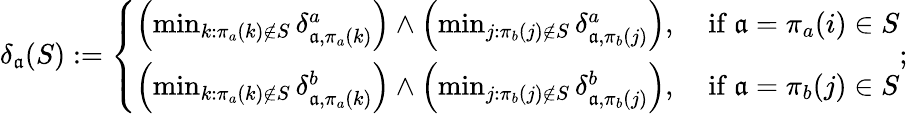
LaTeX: \delta_{\mathfrak a}(S):=\left\{ \begin{array}{ll}{\left(\operatorname*{min}_{k:\pi_{a}(k)\notin S}\delta_{\mathfrak a,\pi_{a}(k)}^{a}\right)\wedge\left(\operatorname*{min}_{j:\pi_{b}(j)\notin S}\delta_{\mathfrak a,\pi_{b}(j)}^{a}\right),}&{\ \mathrm{if~}\mathfrak a=\pi_{a}(i)\in S}\\ {\left(\operatorname*{min}_{k:\pi_{a}(k)\notin S}\delta_{\mathfrak a,\pi_{a}(k)}^{b}\right)\wedge\left(\operatorname*{min}_{j:\pi_{b}(j)\notin S}\delta_{\mathfrak a,\pi_{b}(j)}^{b}\right),}&{\ \mathrm{if~}\mathfrak a=\pi_{b}(j)\in S}\end{array}\right.;